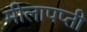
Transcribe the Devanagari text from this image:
मीलापप्ती